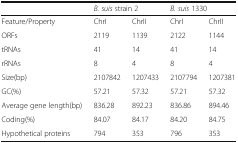
<table><thead><tr><td>[EMPTY_CELL]</td><td colspan="2"><b><i>B. suis</i> strain 2</b></td><td colspan="2"><b><i>B. suis</i> 1330</b></td></tr></thead><tbody><tr><td>Feature/Property</td><td>ChrI</td><td>ChrII</td><td>ChrI</td><td>ChrII</td></tr><tr><td>ORFs</td><td>2119</td><td>1139</td><td>2122</td><td>1144</td></tr><tr><td>tRNAs</td><td>41</td><td>14</td><td>41</td><td>14</td></tr><tr><td>rRNAs</td><td>8</td><td>4</td><td>8</td><td>4</td></tr><tr><td>Size(bp)</td><td>2107842</td><td>1207433</td><td>2107794</td><td>1207381</td></tr><tr><td>GC(%)</td><td>57.21</td><td>57.32</td><td>57.21</td><td>57.32</td></tr><tr><td>Average gene length(bp)</td><td>836.28</td><td>892.23</td><td>836.86</td><td>894.46</td></tr><tr><td>Coding(%)</td><td>84.07</td><td>84.17</td><td>84.20</td><td>84.75</td></tr><tr><td>Hypothetical proteins</td><td>794</td><td>353</td><td>796</td><td>353</td></tr></tbody></table>